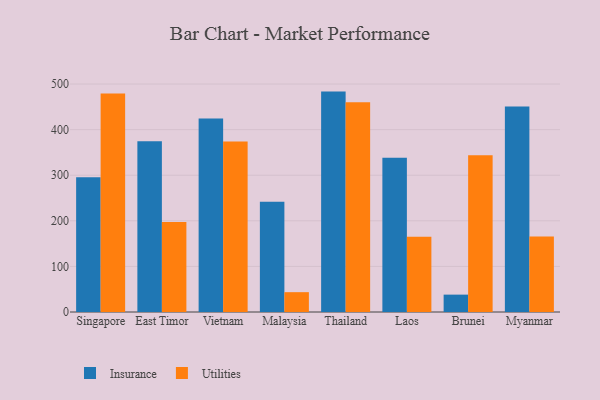
{"axis": {"x": "Country", "y": "Demand Index"}, "legend": ["Insurance", "Utilities"], "data": [{"x": "Singapore", "y": 295.5, "type": "Insurance"}, {"x": "Singapore", "y": 479.5, "type": "Utilities"}, {"x": "East Timor", "y": 374.5, "type": "Insurance"}, {"x": "East Timor", "y": 197.6, "type": "Utilities"}, {"x": "Vietnam", "y": 424.2, "type": "Insurance"}, {"x": "Vietnam", "y": 373.7, "type": "Utilities"}, {"x": "Malaysia", "y": 241.6, "type": "Insurance"}, {"x": "Malaysia", "y": 43.5, "type": "Utilities"}, {"x": "Thailand", "y": 483.4, "type": "Insurance"}, {"x": "Thailand", "y": 460.3, "type": "Utilities"}, {"x": "Laos", "y": 338.5, "type": "Insurance"}, {"x": "Laos", "y": 165.0, "type": "Utilities"}, {"x": "Brunei", "y": 38.1, "type": "Insurance"}, {"x": "Brunei", "y": 343.6, "type": "Utilities"}, {"x": "Myanmar", "y": 450.6, "type": "Insurance"}, {"x": "Myanmar", "y": 165.7, "type": "Utilities"}]}